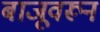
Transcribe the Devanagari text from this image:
बाजूवरून